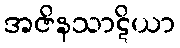
အဇိနသာဋိယာ